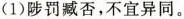
(1)陟罚臧否，不宜异同。